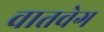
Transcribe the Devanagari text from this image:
वातवेग